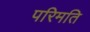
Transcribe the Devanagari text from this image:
परिमति